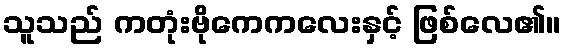
သူသည် ကတုံးဗိုကေကလေးနှင့် ဖြစ်လေ၏။